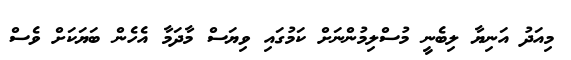
މިއަދު އަނިޔާ ލިބެނީ މުސްލިމުންނަށް ކަމުގައި ވިޔަސް މާދަމާ އެހެން ބަޔަކަށް ވެސް